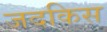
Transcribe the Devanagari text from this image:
जदकिस